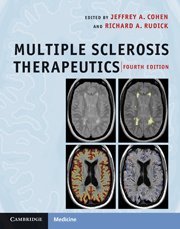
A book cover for Multiple Sclerosis Therapeutics; Health, Fitness & Dieting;